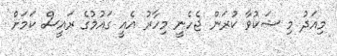
މިއަދު މި ޝަކުވާ ކުރަން ޖެހެނީ މިހާރު އެއީ ގައުމުގެ ރައީސް ކަމަށް